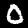
Digit: 0